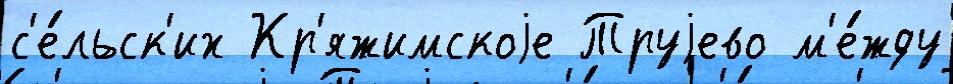
с'е́льск'их Кр'яжимскоjе Труjево м'е́жду